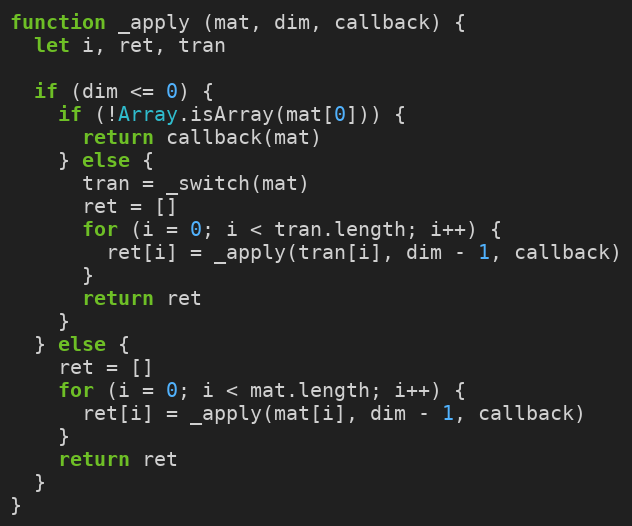
Language: JavaScript
function _apply (mat, dim, callback) {
  let i, ret, tran

  if (dim <= 0) {
    if (!Array.isArray(mat[0])) {
      return callback(mat)
    } else {
      tran = _switch(mat)
      ret = []
      for (i = 0; i < tran.length; i++) {
        ret[i] = _apply(tran[i], dim - 1, callback)
      }
      return ret
    }
  } else {
    ret = []
    for (i = 0; i < mat.length; i++) {
      ret[i] = _apply(mat[i], dim - 1, callback)
    }
    return ret
  }
}